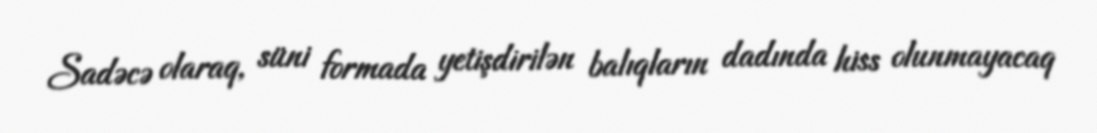
Sadəcə olaraq, süni formada yetişdirilən balıqların dadında hiss olunmayacaq